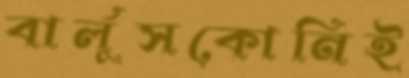
বার্লুসকোনিই